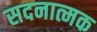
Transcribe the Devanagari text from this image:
सदनात्मक